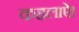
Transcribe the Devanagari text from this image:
कहलाऐ।